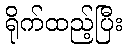
ရိုက်ထည့်ပြီး